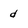
Character: d